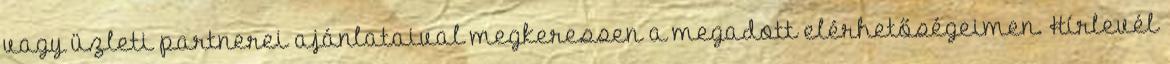
vagy üzleti partnerei ajánlataival megkeressen a megadott elérhetőségeimen. Hírlevél